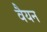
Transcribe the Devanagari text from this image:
वैयन